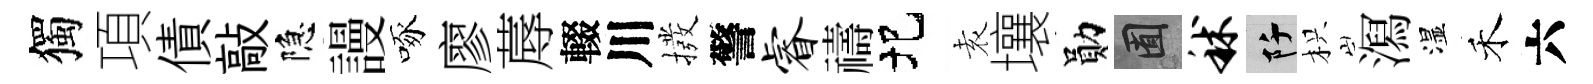
獨項債敲隐謾啄廖蓐輟川撥警睿禱圯𡊮壤勛囿秫阡枳㵼湿禾六